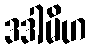
ဒဒါမိဟ